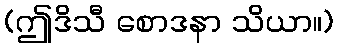
(ဤဒိသီ စောဒနာ သိယာ။)